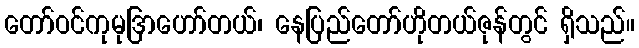
တော်ဝင်ကုမုဒြာဟော်တယ်၊ နေပြည်တော်ဟိုတယ်ဇုန်တွင် ရှိသည်။